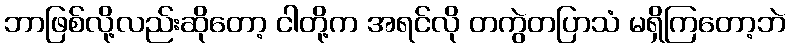
ဘာဖြစ်လို့လည်းဆိုတော့ ငါတို့က အရင်လို တကွဲတပြာသံ မရှိကြတော့ဘဲ